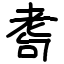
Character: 耈